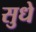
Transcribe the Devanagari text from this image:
सुधे